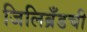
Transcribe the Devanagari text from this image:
जिलिब्रँडची